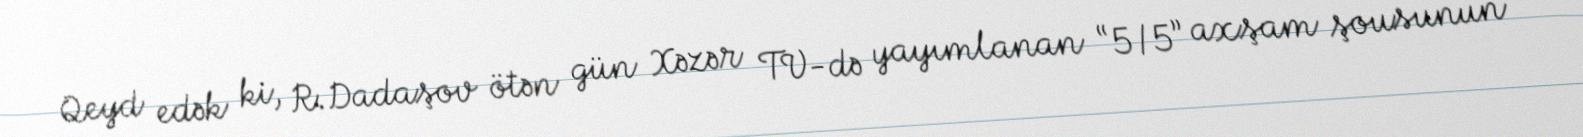
Qeyd edək ki, R.Dadaşov ötən gün Xəzər TV-də yayımlanan “5/5” axşam şousunun